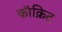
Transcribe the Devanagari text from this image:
कॉक्रिट